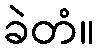
ခဲတံ။